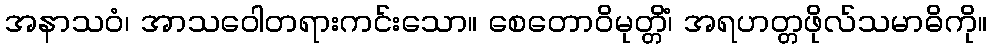
အနာသဝံ၊ အာသဝေါတရားကင်းသော။ စေတောဝိမုတ္တိံ၊ အရဟတ္တဖိုလ်သမာဓိကို။